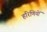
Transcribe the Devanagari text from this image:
हरिणियों